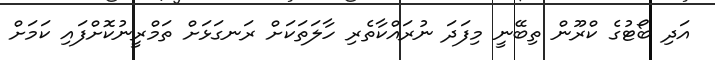
އަދި ބޯޓުގެ ކްރޫން ތިބޭނީ މިފަދަ ނުރައްކާތެރި ހާލަތަކަށް ރަނގަޅަށް ތަމްރީނުކޮށްފައި ކަމަށް